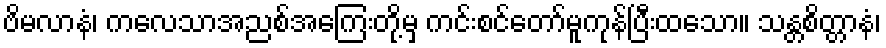
ဗိမလာနံ၊ ကလေသာအညစ်အကြေးတို့မှ ကင်းစင်တော်မူကုန်ပြီးထသော။ သန္တစိတ္တာနံ၊